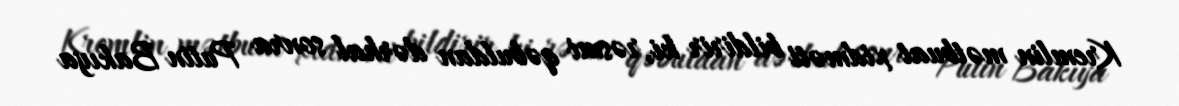
Kremlin mətbuat xidməti bildirir ki, rəsmi qəbuldan dərhal sonra Putin Bakıya